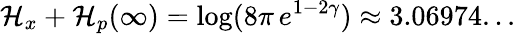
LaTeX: \mathcal{H}_{x}+\mathcal{H}_{p}(\infty)=\log(8\pi\, e^{1-2\gamma})\approx3.06974...